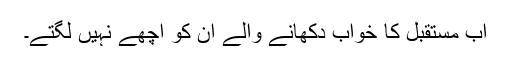
اب مستقبل کا خواب دکھانے والے ان کو اچھے نہیں لگتے۔